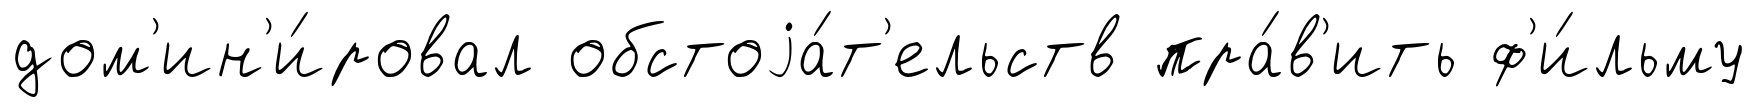
дом'ин'и́ровал обстоjа́т'ельств пра́в'ить ф'и́льму